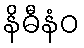
နိဓီနံဝ